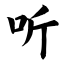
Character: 听